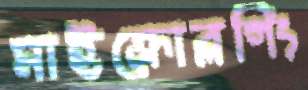
মাইক্রোব্লগিং